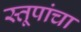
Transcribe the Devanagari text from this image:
स्तूपांचा